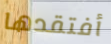
أفتقدها